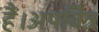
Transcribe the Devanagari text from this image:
हैं।अपवित्र